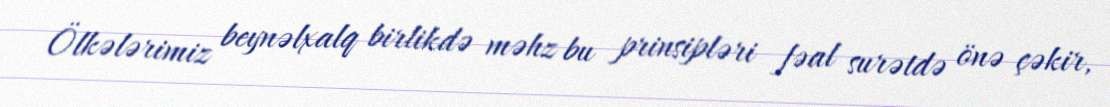
Ölkələrimiz beynəlxalq birlikdə məhz bu prinsipləri fəal surətdə önə çəkir,